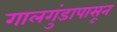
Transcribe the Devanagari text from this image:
गालगुंडापासून